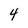
Character: 4